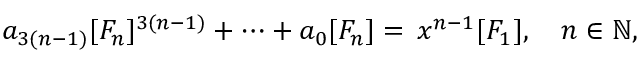
a _ { 3 ( n - 1 ) } [ F _ { n } ] ^ { 3 ( n - 1 ) } + \dots + a _ { 0 } [ F _ { n } ] = \, x ^ { n - 1 } [ F _ { 1 } ] , \quad n \in \mathbb N ,